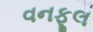
વનફૂલ